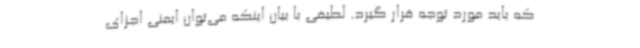
که باید مورد توجه قرار گیرد. لطیفی با بیان اینکه می‌توان ایمنی اجزای